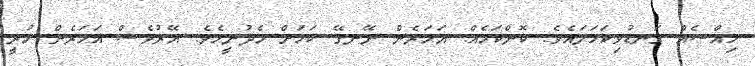
ހިއްސެއް ގަނޑުވިކަހަލައެވެ. ކޮންކަމެއް. އަހަރެން ނޭނގޭ ކަމަށް ހެދުނީމެވެ. އޭރުވެސް އަހަރެން ހުރީ